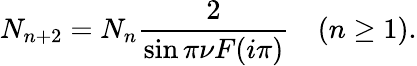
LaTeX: N_{n+2}=N_{n}\frac{2}{\sin\pi\nu F(i\pi)}\quad(n\geq 1).